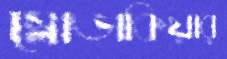
স্লোভাকিয়ার